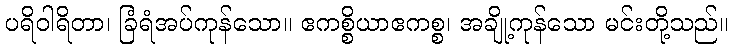
ပရိဝါရိတာ၊ ခြံရံအပ်ကုန်သော။ ဧကစ္စိယာဧကစ္စ၊ အချို့ကုန်သော မင်းတို့သည်။